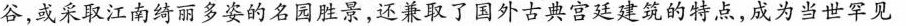
谷，或采取江南绮丽多姿的名园胜景，还兼取了国外古典宫廷建筑的特点，成为当世罕见